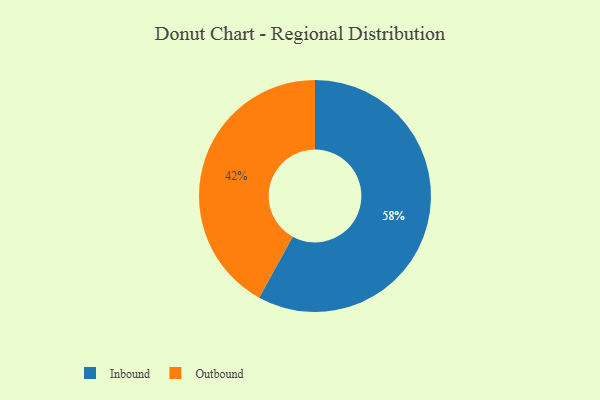
{"axis": {"x": "Category", "y": "Percentage"}, "legend": ["Inbound", "Outbound"], "data": [{"x": "Inbound", "y": 58, "type": "Inbound"}, {"x": "Outbound", "y": 42, "type": "Outbound"}]}